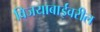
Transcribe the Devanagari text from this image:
विजयाबाईंवरील